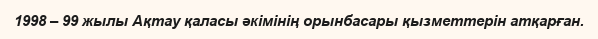
1998 – 99 жылы Ақтау қаласы әкімінің орынбасары қызметтерін атқарған.